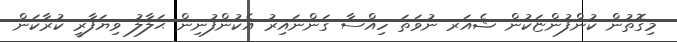
މިގޮތުން ކުންފުންޏަކުން ޝެއަރ ނުވަތަ ހިއްސާ ގަންނައިރު އެކުންފުނިން ޙަލާލު ވިޔަފާރީ ކުރާކަން